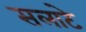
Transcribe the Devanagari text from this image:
सलाटे